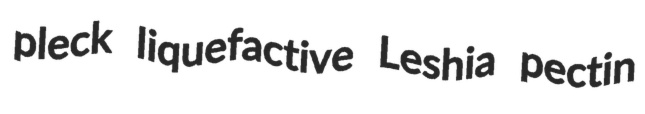
pleck liquefactive Leshia pectin